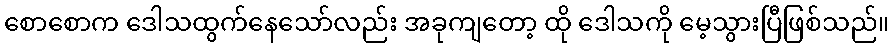
စောစောက ဒေါသထွက်နေသော်လည်း အခုကျတော့ ထို ဒေါသကို မေ့သွားပြီဖြစ်သည်။